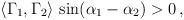
\begin{align*} \langle \Gamma_1,\Gamma_2 \rangle \, \sin(\alpha_1-\alpha_2) > 0 \, ,\end{align*}